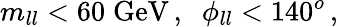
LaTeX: m_{ll}<60\; \mathrm{GeV}\, ,\; \; \phi_{ll}<140^{o}\, ,